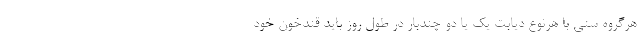
هرگروه سنی با هرنوع دیابت یک یا دو چندبار در طول روز باید قندخون خود